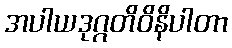
အပါယဒုဂ္ဂတိဝိနိပါတာ